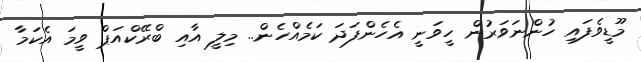
މޫޑީވެފައި ހުންނަވަރުން ހީވަނީ އެހެންފަދަ ކަމެއްހެން.. މިލީ އާއި ބްރޭކްއަޕް ވީމަ އެކަމާ